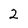
Character: 2